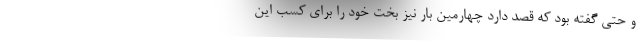
و حتی گفته بود که قصد دارد چهارمین بار نیز بخت خود را برای کسب این